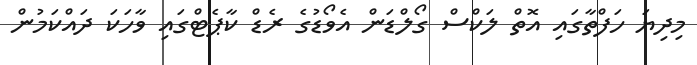
މިދިޔަ ހަފްތާގައި އޮތް ލަކްސް ގޯލްޑަން އެވޯޑުގެ ރެޑް ކާޕެޓްގައި ވާހަކަ ދައްކަމުން